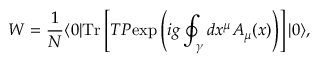
{ \cal W } = { \frac { 1 } { N } } \langle 0 | \mathrm { T r } \left[ { \cal T } { \cal P } \mathrm { e x p } \left( i g \oint _ { \gamma } d x ^ { \mu } A _ { \mu } ( x ) \right) \right] | 0 \rangle ,